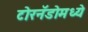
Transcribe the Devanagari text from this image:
टोरनॅडोमध्ये